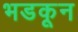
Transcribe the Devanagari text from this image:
भडकून